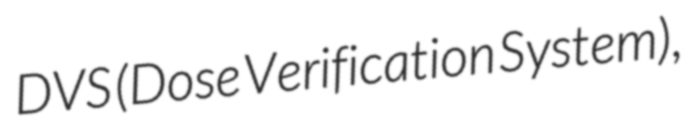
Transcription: DVS (Dose Verification System),